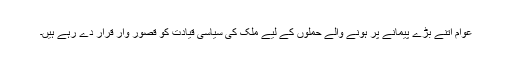
عوام اتنے بڑے پیمانے پر ہونے والے حملوں کے لیے ملک کی سیاسی قیادت کو قصور وار قرار دے رہے ہیں۔